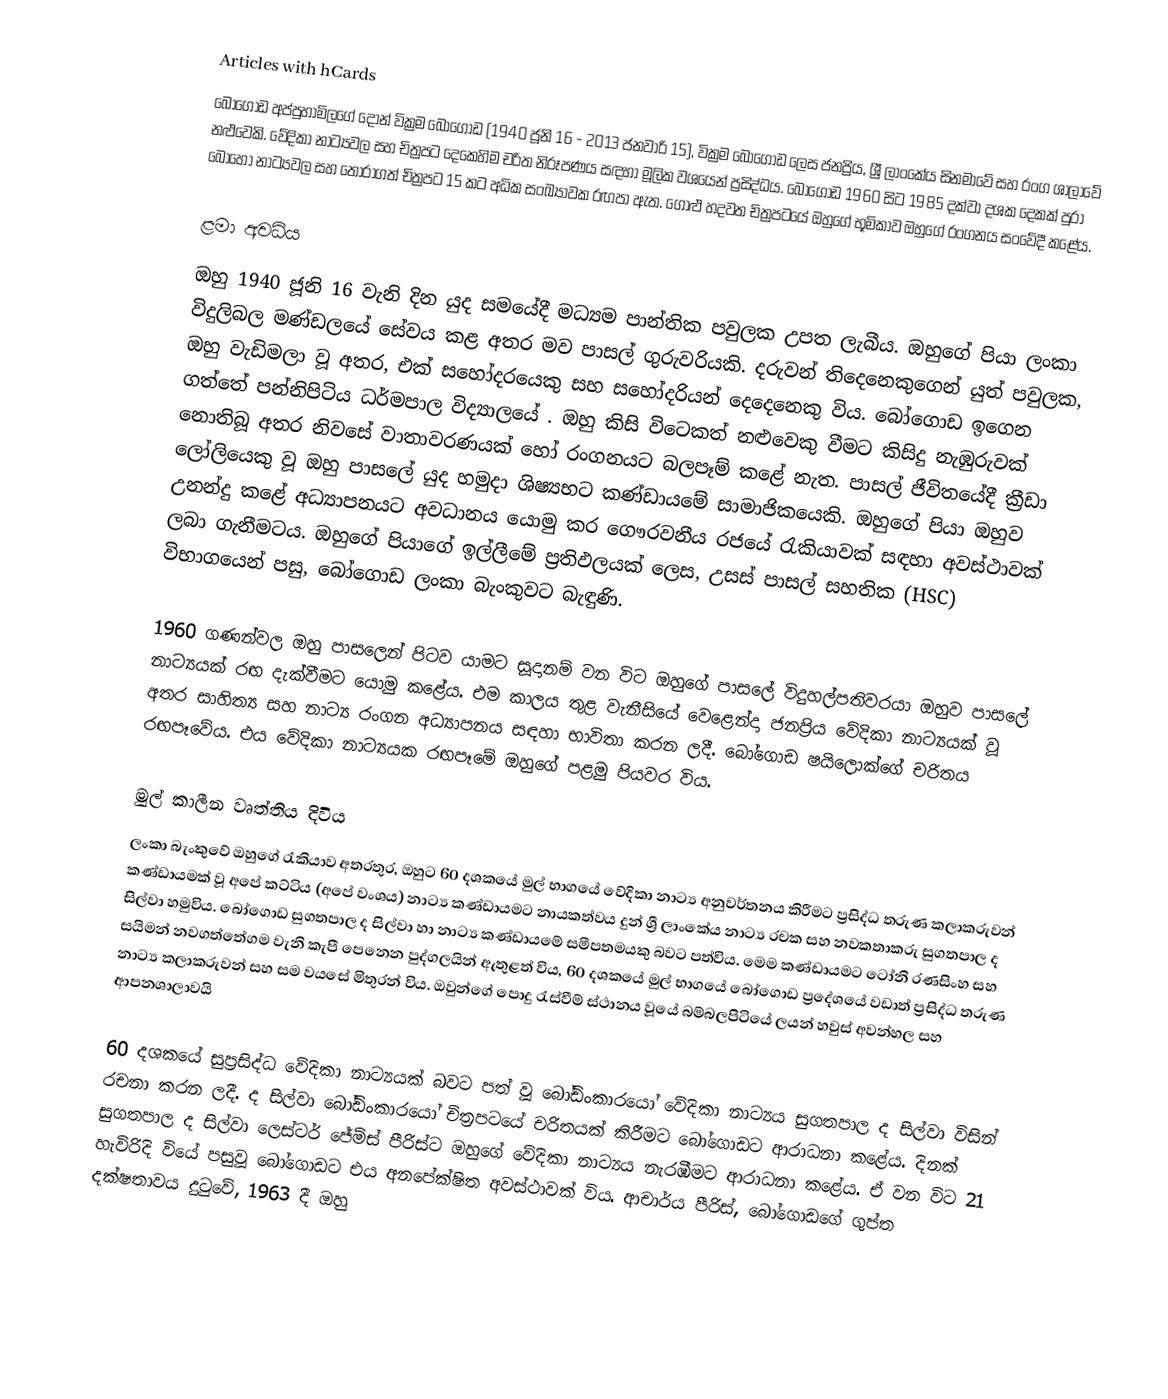
Articles with hCards
බෝගොඩ අප්පුහාමිලගේ දොන් වික්‍රම බෝගොඩ (1940 ජූනි 16 - 2013 ජනවාරි 15), වික්‍රම බෝගොඩ ලෙස ජනප්‍රිය, ශ්‍රී ලාංකේය සිනමාවේ සහ රංග ශාලාවේ නළුවෙකි. වේදිකා නාට්‍යවල සහ චිත්‍රපට දෙකෙහිම චරිත නිරූපණය සඳහා මූලික වශයෙන් ප්‍රසිද්ධය. බෝගොඩ 1960 සිට 1985 දක්වා දශක දෙකක් පුරා බොහෝ නාට්‍යවල සහ තෝරාගත් චිත්‍රපට 15 කට අධික සංඛ්‍යාවක රඟපා ඇත. ගොළු හදවත චිත්‍රපටයේ ඔහුගේ භූමිකාව ඔහුගේ රංගනය සංවේදී කළේය.

ළමා අවධිය
ඔහු 1940 ජූනි 16 වැනි දින යුද සමයේදී මධ්‍යම පාන්තික පවුලක උපත ලැබීය. ඔහුගේ පියා ලංකා විදුලිබල මණ්ඩලයේ සේවය කළ අතර මව පාසල් ගුරුවරියකි. දරුවන් තිදෙනෙකුගෙන් යුත් පවුලක, ඔහු වැඩිමලා වූ අතර, එක් සහෝදරයෙකු සහ සහෝදරියන් දෙදෙනෙකු විය. බෝගොඩ ඉගෙන ගත්තේ පන්නිපිටිය ධර්මපාල විද්‍යාලයේ . ඔහු කිසි විටෙකත් නළුවෙකු වීමට කිසිදු නැඹුරුවක් නොතිබූ අතර නිවසේ වාතාවරණයක් හෝ රංගනයට බලපෑම් කළේ නැත. පාසල් ජීවිතයේදී ක්‍රීඩා ලෝලියෙකු වූ ඔහු පාසලේ යුද හමුදා ශිෂ්‍යභට කණ්ඩායමේ සාමාජිකයෙකි. ඔහුගේ පියා ඔහුව උනන්දු කළේ අධ්‍යාපනයට අවධානය යොමු කර ගෞරවනීය රජයේ රැකියාවක් සඳහා අවස්ථාවක් ලබා ගැනීමටය. ඔහුගේ පියාගේ ඉල්ලීමේ ප්‍රතිඵලයක් ලෙස, උසස් පාසල් සහතික (HSC) විභාගයෙන් පසු, බෝගොඩ ලංකා බැංකුවට බැඳුණි.

1960 ගණන්වල ඔහු පාසලෙන් පිටව යාමට සූදානම් වන විට ඔහුගේ පාසලේ විදුහල්පතිවරයා ඔහුව පාසලේ නාට්‍යයක් රඟ දැක්වීමට යොමු කළේය. එම කාලය තුළ වැනීසියේ වෙළෙන්දා ජනප්‍රිය වේදිකා නාට්‍යයක් වූ අතර සාහිත්‍ය සහ නාට්‍ය රංගන අධ්‍යාපනය සඳහා භාවිතා කරන ලදී. බෝගොඩ ෂයිලොක්ගේ චරිතය රඟපෑවේය. එය වේදිකා නාට්‍යයක රඟපෑමේ ඔහුගේ පළමු පියවර විය.

මුල් කාලීන වෘත්තිය දිවිය
ලංකා බැංකුවේ ඔහුගේ රැකියාව අතරතුර,  ඔහුට 60 දශකයේ මුල් භාගයේ වේදිකා නාට්‍ය අනුවර්තනය කිරීමට ප්‍රසිද්ධ තරුණ කලාකරුවන් කණ්ඩායමක් වූ අපේ කට්ටිය (අපේ වංශය) නාට්‍ය කණ්ඩායමට නායකත්වය දුන් ශ්‍රී ලාංකේය නාට්‍ය රචක සහ නවකතාකරු සුගතපාල ද සිල්වා හමුවිය. බෝගොඩ සුගතපාල ද සිල්වා හා නාට්‍ය කණ්ඩායමේ සමීපතමයකු බවට පත්විය. මෙම කණ්ඩායමට ටෝනි රණසිංහ සහ සයිමන් නවගත්තේගම වැනි කැපී පෙනෙන පුද්ගලයින් ඇතුළත් විය,   60 දශකයේ මුල් භාගයේ බෝගොඩ ප්‍රදේශයේ වඩාත් ප්‍රසිද්ධ තරුණ නාට්‍ය කලාකරුවන් සහ සම වයසේ මිතුරන් විය. ඔවුන්ගේ පොදු රැස්වීම් ස්ථානය වූයේ බම්බලපිටියේ ලයන් හවුස් අවන්හල සහ ආපනශාලාවයි

60 දශකයේ සුප්‍රසිද්ධ වේදිකා නාට්‍යයක් බවට පත් වූ බෝඩිංකාරයෝ වේදිකා නාට්‍යය සුගතපාල ද සිල්වා විසින් රචනා කරන ලදී. ද සිල්වා බෝඩිංකාරයෝ චිත්‍රපටයේ චරිතයක් කිරීමට බෝගොඩට ආරාධනා කළේය. දිනක් සුගතපාල ද සිල්වා ලෙස්ටර් ජේම්ස් පීරිස්ට ඔහුගේ වේදිකා නාට්‍යය නැරඹීමට ආරාධනා කළේය. ඒ වන විට 21 හැවිරිදි වියේ පසුවූ බෝගොඩට එය අනපේක්ෂිත අවස්ථාවක් විය. ආචාර්ය පීරිස්, බෝගොඩගේ ගුප්ත දක්ෂතාවය දුටුවේ, 1963 දී ඔහු